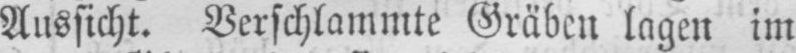
Aussicht. Verschlammte Gräben lagen im